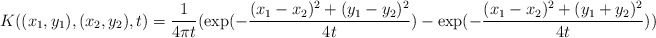
\begin{align*}K((x_1,y_1),(x_2,y_2),t) = {1\over{4\pi t}}(\exp(-{{(x_1-x_2)^2+(y_1-y_2)^2}\over{4 t} })-\exp(-{{(x_1-x_2)^2+(y_1+y_2)^2}\over {4t} }))\end{align*}